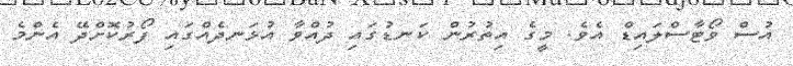
އުސް ވޯޓާސްލައިޑް އެވެ. މީގެ އިތުރުން ކަނޑުގައި ދުއްވާ އުޅަނދެއްގައި ފޯރުކޮށްދޭ އެންމެ